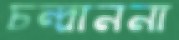
চন্দ্রাননা